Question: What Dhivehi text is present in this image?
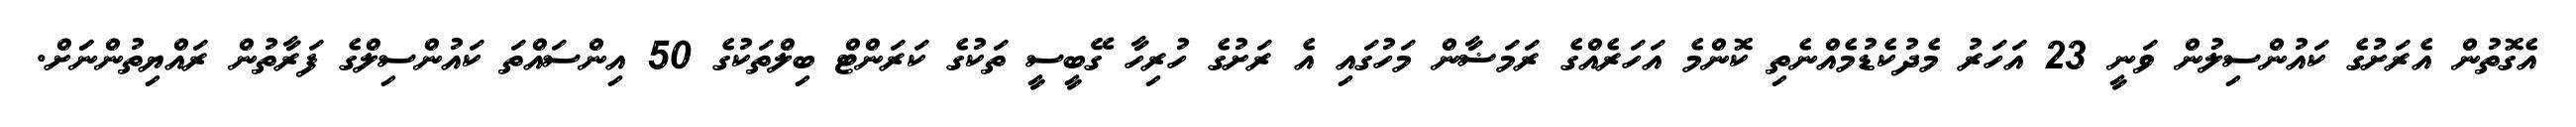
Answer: އެގޮތުން އެރަށުގެ ކައުންސިލުން ވަނީ 23 އަހަރު މެދުކެޑުމެއްނެތި ކޮންމެ އަހަރެއްގެ ރަމަޟާން މަހުގައި އެ ރަށުގެ ހުރިހާ ގޭބީސީ ތަކުގެ ކަރަންޓް ބިލްތަކުގެ 50 އިންސައްތަ ކައުންސިލްގެ ފަރާތުން ރައްޔިތުންނަަށް.